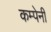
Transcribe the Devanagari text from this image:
कम्पेनी